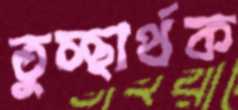
তুচ্ছার্থক